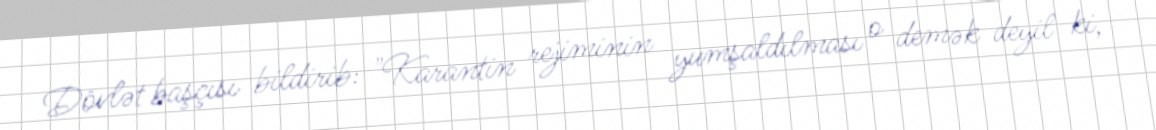
Dövlət başçısı bildirib: "Karantin rejiminin yumşaldılması o demək deyil ki,